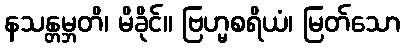
နသန္တမ္ဘတိ၊ မိခိုင်။ ဗြဟ္မစရိယံ၊ မြတ်သော